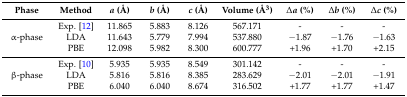
<table><thead><tr><td><b>Phase</b></td><td><b>Method</b></td><td><b><i>a</i> (Å)</b></td><td><b><i>b</i> (Å)</b></td><td><b><i>c</i> (Å)</b></td><td><b>Volume (Å<sup>3</sup>)</b></td><td><b>Δ<i>a</i> (%)</b></td><td><b>Δ<i>b</i> (%)</b></td><td><b>Δ<i>c</i> (%)</b></td></tr></thead><tbody><tr><td rowspan="3">α-phase</td><td>Exp. [12]</td><td>11.865</td><td>5.883</td><td>8.126</td><td>567.171</td><td>-</td><td>-</td><td>-</td></tr><tr><td>LDA</td><td>11.643</td><td>5.779</td><td>7.994</td><td>537.880</td><td>−1.87</td><td>−1.76</td><td>−1.63</td></tr><tr><td>PBE</td><td>12.098</td><td>5.982</td><td>8.300</td><td>600.777</td><td>+1.96</td><td>+1.70</td><td>+2.15</td></tr><tr><td rowspan="3">β-phase</td><td>Exp. [10]</td><td>5.935</td><td>5.935</td><td>8.549</td><td>301.142</td><td>-</td><td>-</td><td>-</td></tr><tr><td>LDA</td><td>5.816</td><td>5.816</td><td>8.385</td><td>283.629</td><td>−2.01</td><td>−2.01</td><td>−1.91</td></tr><tr><td>PBE</td><td>6.040</td><td>6.040</td><td>8.674</td><td>316.502</td><td>+1.77</td><td>+1.77</td><td>+1.47</td></tr></tbody></table>